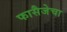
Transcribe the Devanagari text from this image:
फासैजेचा